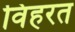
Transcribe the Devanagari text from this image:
विहरत